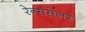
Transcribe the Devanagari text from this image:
रेन्ससेलर